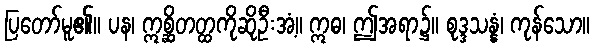
ပြတော်မူ၏။ ပန၊ ဣစ္ဆိတတ္ထကိုဆိုဦးအံ့။ ဣဓ၊ ဤအရာ၌။ စုဒ္ဒသန္နံ၊ ကုန်သော။